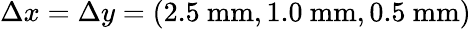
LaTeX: \Delta x=\Delta y=(2.5\ \mathrm{mm},1.0\ \mathrm{mm},0.5\ \mathrm{mm})